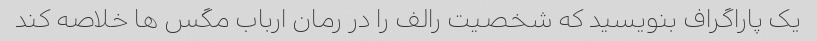
یک پاراگراف بنویسید که شخصیت رالف را در رمان ارباب مگس ها خلاصه کند